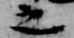
之